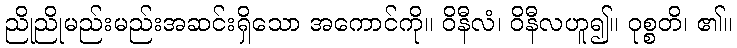
ညိုညိုမည်းမည်းအဆင်းရှိသော အကောင်ကို။ ဝိနီလံ၊ ဝိနီလဟူ၍။ ဝုစ္စတိ၊ ၏။